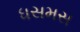
ધસમસ